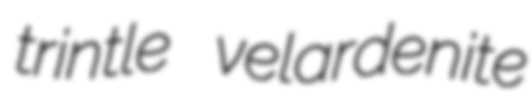
trintle velardenite